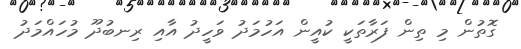
ގޮތުން މި ތިން ފަރާތަކީ ކުއީން އަހުމަދު ވަހީދު އާއި ރިނބުދޫ މުހައްމަދު